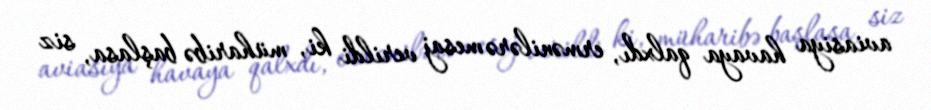
aviasiya havaya qalxdı, ermənilərə mesaj verildi ki, müharibə başlasa, siz